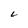
Character: L